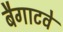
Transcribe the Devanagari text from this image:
बैगाटवे